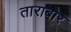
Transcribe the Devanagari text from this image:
ताराबोर